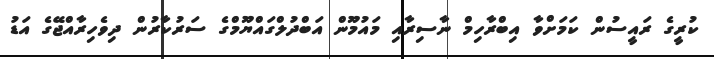
ކުރީގެ ރައީސުން ކަމަށްވާ އިބްރާހިމް ނާސިރާއި މައުމޫން އަބްދުލްގައްޔޫމްގެ ސަރުކާރުން ދިވެހިރާއްޖޭގެ އަޑު